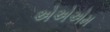
એએએમ